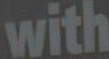
with